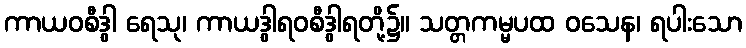
ကာယဝစီဒွါ ရေသု၊ ကာယဒွါရဝစီဒွါရတို့၌။ သတ္တကမ္မပထ ဝသေန၊ ရပါးသော